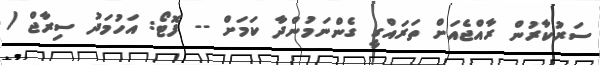
ސަރުކާރުން ރާއްޖެއަށް ތަރައްގީ ގެންނަމުންދާ ކަމަށް -- ފޮޓޯ: އަހުމަދު ސިރާޖް /